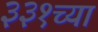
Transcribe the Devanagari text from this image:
३३१च्या